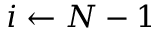
i \gets N - 1